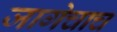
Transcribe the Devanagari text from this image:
जागेचाच